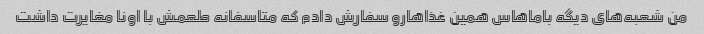
من شعبه‌های دیگه باماهاس همین غذاهارو سفارش دادم که متاسفانه طعمش با اونا مغایرت داشت